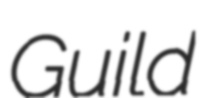
Guild